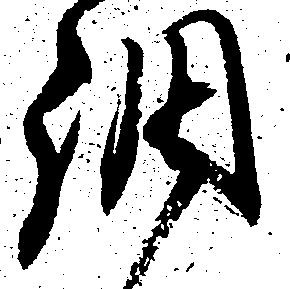
調